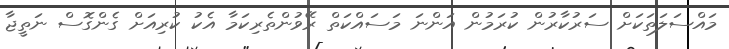
މައްސަލަތަކަށް ސަރުކާރުން ކުރަމުން އަންނަ މަސައްކަތް ރޭވުންތެރިކަމާ އެކު ކުރިއަށް ގެންގޮސް ނަތީޖާ